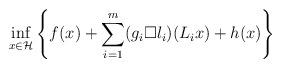
LaTeX: \begin{align*}\inf_{x\in {\cal H}}\left\{f(x)+\sum_{i=1}^{m}(g_i \Box l_i)(L_ix)+h(x)\right\}\end{align*}